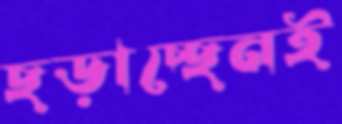
ছড়াচ্ছেনই